NAE_ERA_R-1765_ENSV_Kirjanike_Liit_1945-1955, lk 136
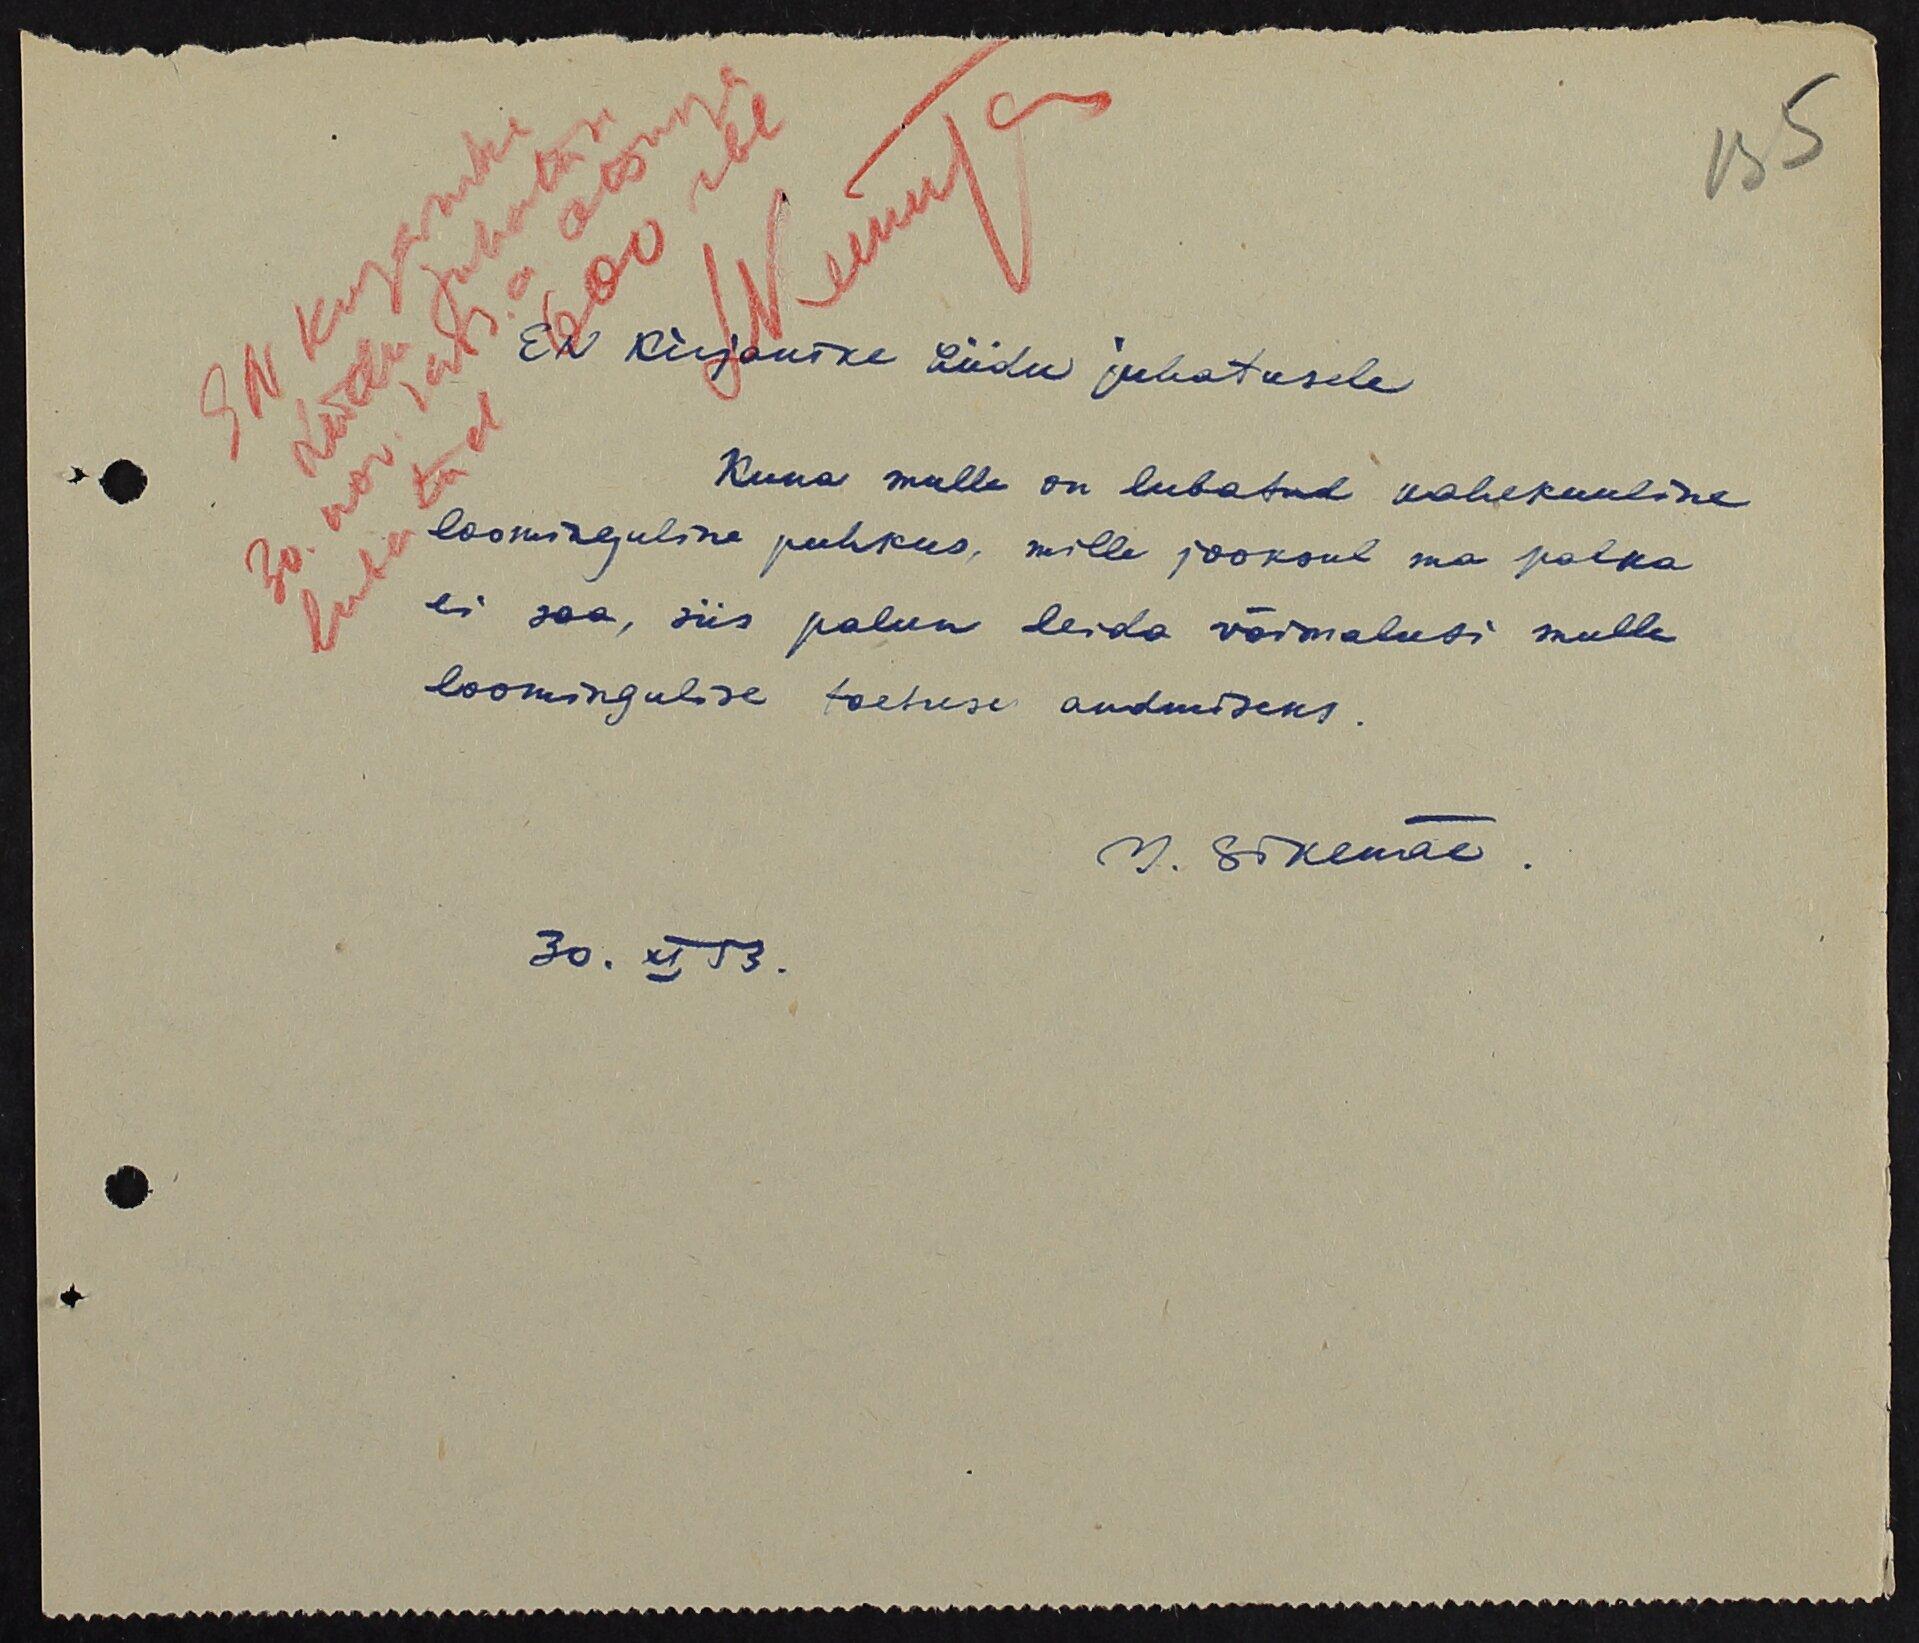
EN Kirjanike Liidu juhatusele
Kuna mulle on lubatud kahekuuline
loominguline puhkus, mille jooksul ma palka
ei saa, siis palun leida võimalusi mulle
loomingulise toetuse andmiseks.
30. XI 53.